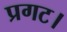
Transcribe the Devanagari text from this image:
प्रगट।